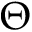
\Theta